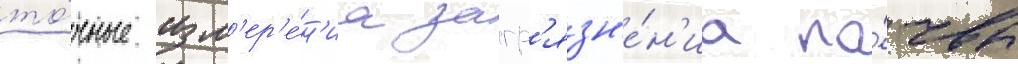
то́чные изм'ер'е́н'иа загр'язн'е́н'иа по́чвы